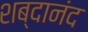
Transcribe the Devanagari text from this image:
शब्दानंद